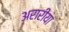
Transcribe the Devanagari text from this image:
अरारीया